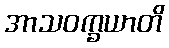
အာသဝက္ခယာတိ